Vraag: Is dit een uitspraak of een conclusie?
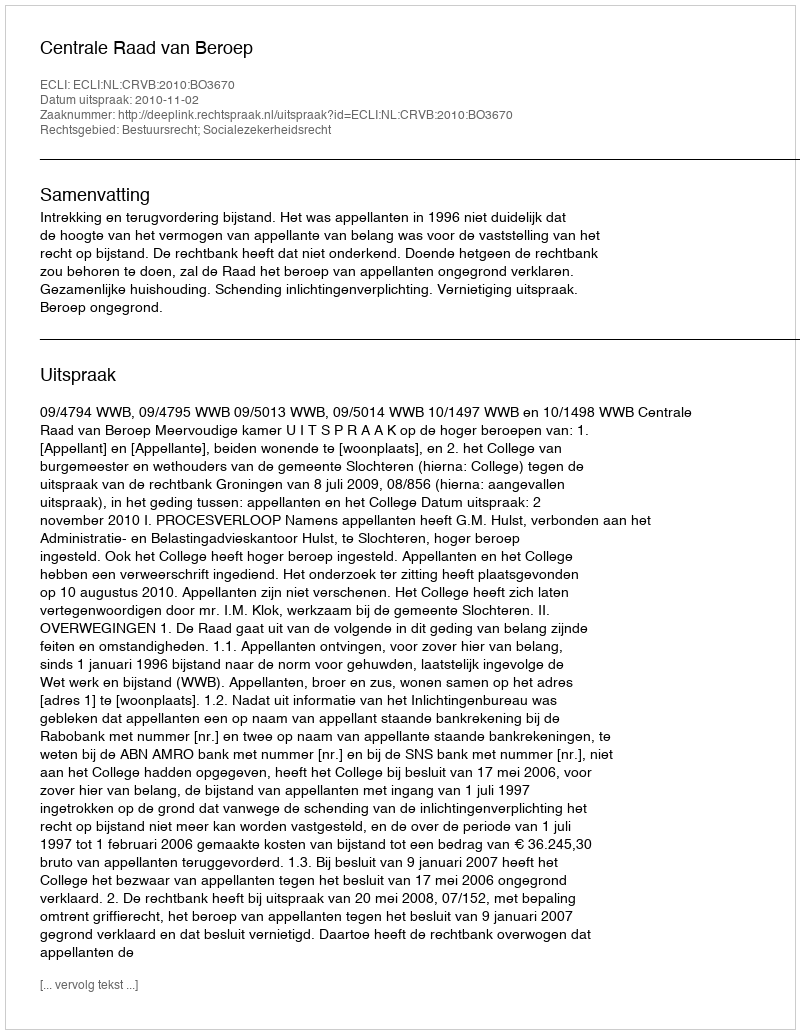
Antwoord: Uitspraak